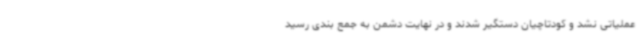
عملیاتی نشد و کودتاچیان دستگیر شدند و در نهایت دشمن به جمع بندی رسید